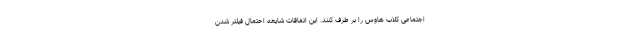
اجتماعی کلاب هاوس را بر طرف کنند. این اتفاقات شایعه احتمال فیلتر شدن